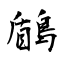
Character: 鶞